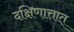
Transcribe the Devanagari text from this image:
दक्षिणात्तात्